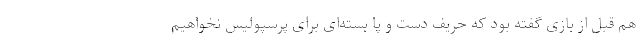
هم قبل از بازی گفته بود که حریف دست و پا بسته‌ای برای پرسپولیس نخواهیم